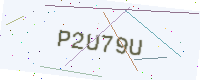
Text: P2U79U